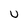
Character: U